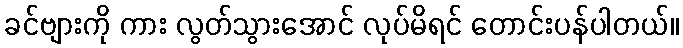
ခင်ဗျားကို ကား လွတ်သွားအောင် လုပ်မိရင် တောင်းပန်ပါတယ်။